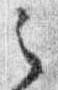
之